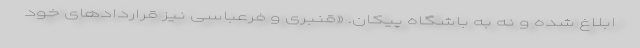
ابلاغ شده و نه به باشگاه پیکان. «قنبری و فرعباسی نیز قراردادهای خود